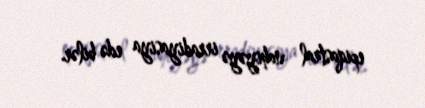
epiqastral nahiyəyə irradiyasiya edə bilər.